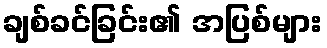
ချစ်ခင်ခြင်း၏ အပြစ်များ